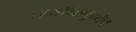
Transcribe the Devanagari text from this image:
प्रदर्शनांपुरतेच